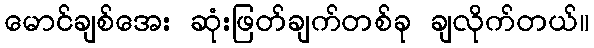
မောင်ချစ်အေး ဆုံးဖြတ်ချက်တစ်ခု ချလိုက်တယ်။